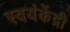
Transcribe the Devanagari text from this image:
स्वयंकेंद्री